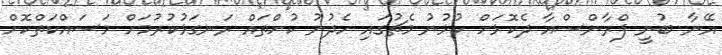
އޭނާ ބުނީ ފްރާންސްއާ ދެކޮޅަށް ކުޅުނު މެޗުގައި ހެދުނު ކުށްތައް ރަނގަޅުކުރުމަށް މަސައްކަތްކޮށް